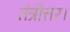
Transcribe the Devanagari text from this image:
तंत्रोत्तर।